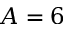
A = 6